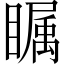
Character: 瞩